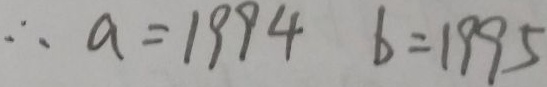
\therefore a = 1 9 9 4 b = 1 9 9 5